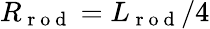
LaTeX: R_{\mathrm{~r~o~d~}}=L_{\mathrm{~r~o~d~}}/4